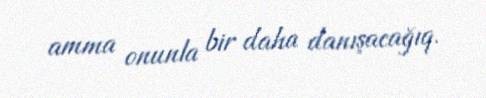
amma onunla bir daha danışacağıq.